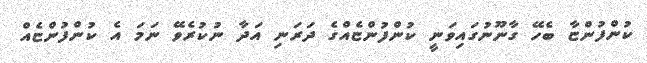
ކުންފުންޏާ ބެހޭ ގާނޫނުގައިވަނީ ކުންފުންޏެއްގެ ދަރަނި އަދާ ނުކުރެވޭ ނަމަ އެ ކުންފުންޏެއް